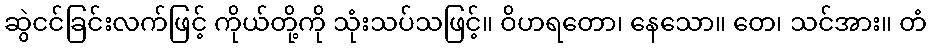
ဆွဲငင်ခြင်းလက်ဖြင့် ကိုယ်တို့ကို သုံးသပ်သဖြင့်။ ဝိဟရတော၊ နေသော။ တေ၊ သင်အား။ တံ